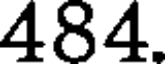
484.